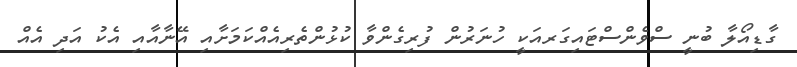
ގާޑިއޯލާ ބުނީ ސްވެންސްޓައިގަރއަކީ ހުނަރުން ފުރިގެންވާ ކުޅުުންތެރިއެއްކަމަށާއި އޭނާއާއި އެކު އަދި އެއް